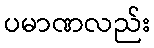
ပမာဏလည်း